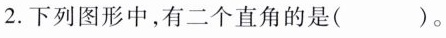
2.下列图形中，有二个直角的是( )。